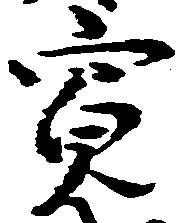
寛